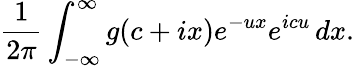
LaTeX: {\frac{1}{2\pi}}\int_{-\infty}^{\infty}g(c+ix)e^{-ux}e^{icu}\, dx.